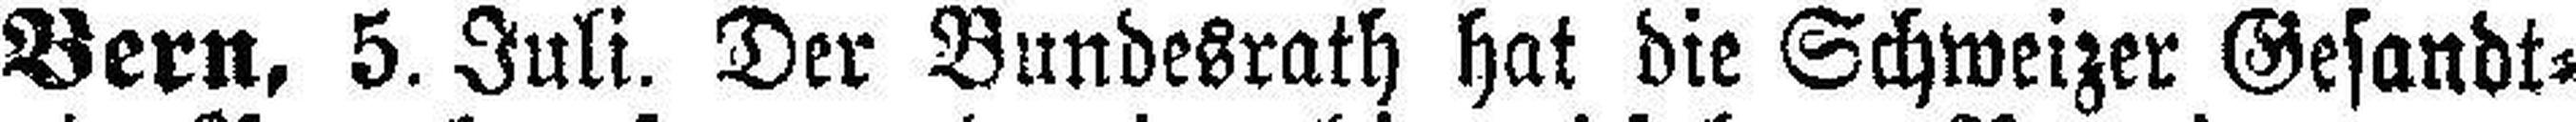
Bern, 5. Juli. Der Bundesrath hat die Schweizer Gesandt¬